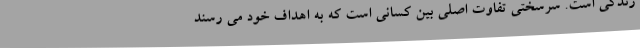
زندگی است. سرسختی تفاوت اصلی بین کسانی است که به اهداف خود می رسند